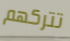
تتركهم